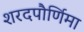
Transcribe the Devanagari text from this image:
शरदपौर्णिमा